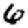
Digit: 6